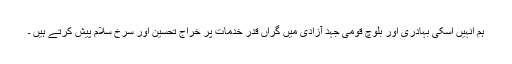
ہم انہیں اُسکی بہادری اور بلوچ قومی جہد آزادی میں گراں قدر خدمات پر خراج تحسین اور سرخ سلام پیش کرتے ہیں ۔